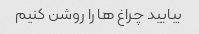
بیایید چراغ ها را روشن کنیم